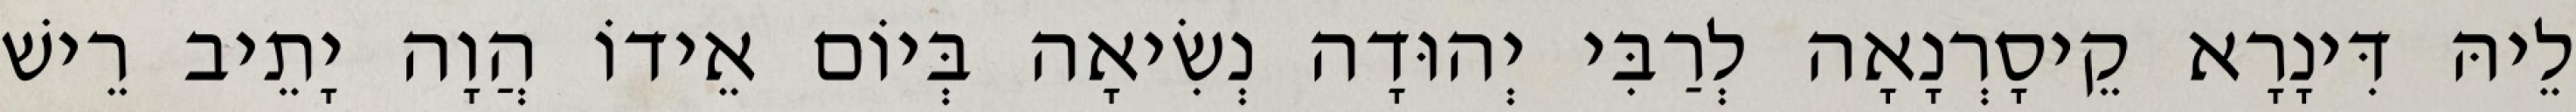
לֵיהּ דִּינָרָא קֵיסָרְנָאָה לְרַבִּי יְהוּדָה נְשִׂיאָה בְּיוֹם אֵידוֹ הֲוָה יָתֵיב רֵישׁ